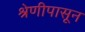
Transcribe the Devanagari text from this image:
श्रेणीपासून